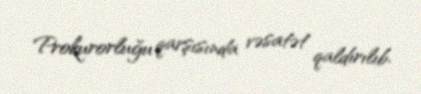
Prokurorluğu qarşısında vəsatət qaldırılıb.